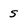
Character: s